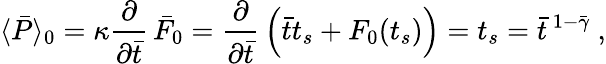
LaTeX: \langle\bar{P}\rangle_{0}=\kappa{\frac{\partial}{\partial\bar{t}}}\, \bar{F}_{0}={\frac{\partial}{\partial\bar{t}}}\, \Bigl(\bar{t}t_{s}+F_{0}(t_{s})\Bigr)=t_{s}=\bar{t}^{\, 1-\bar{\gamma}}\ ,